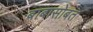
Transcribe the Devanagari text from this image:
बाबासोबत